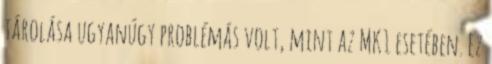
tárolása ugyanúgy problémás volt, mint az MK1 esetében. Ez